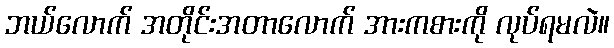
ဘယ်လောက် အတိုင်းအတာလောက် အားကစားကို လုပ်ရမလဲ။